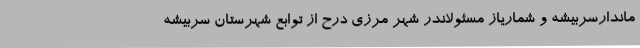
ماندارسربیشه و شماریاز مسئولاندر شهر مرزی درح از توابع شهرستان سربیشه